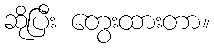
ဆိုပြီး တွေးထားတာ။